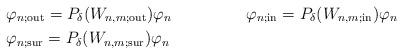
LaTeX: \begin{align*} &\varphi_{n;\textrm{out}}=P_{\delta }(W_{n,m;\textrm{out}})\varphi_n& &\varphi_{n;\textrm{in}}=P_{\delta }(W_{n,m;\textrm{in}})\varphi_n\\ &\varphi_{n;\textrm{sur}}=P_{\delta }(W_{n,m;\textrm{sur}})\varphi_n\end{align*}